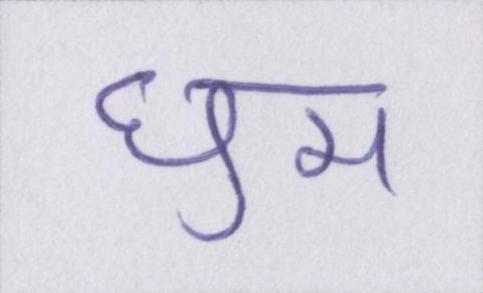
घुम